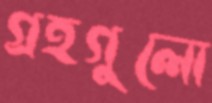
গ্রহগুলো